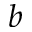
b